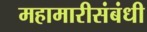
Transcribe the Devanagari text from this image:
महामारीसंबंधी